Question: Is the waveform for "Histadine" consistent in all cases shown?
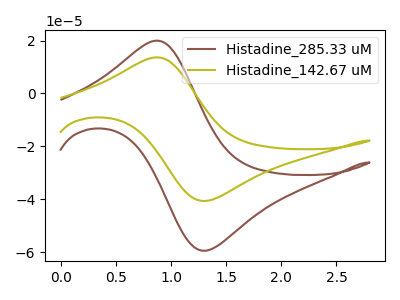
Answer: <think>The brown curve "Histadine_285.33 uM" has an anodic peak at (0.90V, 19.95uA) and a cathodic peak at (1.30V, -59.40uA). The olive curve "Histadine_142.67 uM" has an anodic peak at (0.90V, 13.65uA) and a cathodic peak at (1.30V, -40.60uA).
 All the peaks in "Histadine_285.33 uM" have a peak in "Histadine_142.67 uM" at the same potential. Every peak in "Histadine_285.33 uM" is higher than every peak in "Histadine_142.67 uM".</think>
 <answer>All the CV's of "Histadine" have similar shape.</answer>
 <eval>follow_rule</eval>